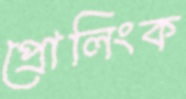
প্রোলিংক